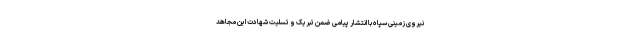
نیروی زمینی سپاه با انتشار پیامی ضمن تبریک و تسلیت شهادت این مجاهد